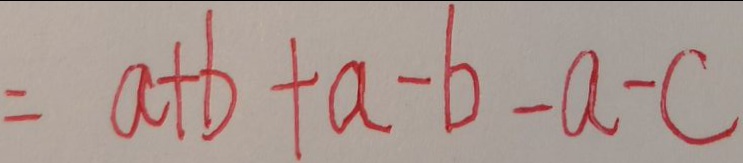
= a + b + a - b - a - c